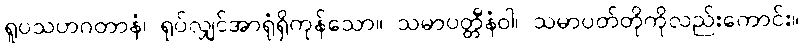
ရူပသဟဂတာနံ၊ ရုပ်လျှင်အာရုံရှိကုန်သော။ သမာပတ္တီနံဝါ၊ သမာပတ်တိုကိုလည်းကောင်း။